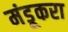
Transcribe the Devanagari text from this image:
मंडूकरा